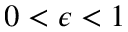
0 < \epsilon < 1